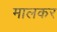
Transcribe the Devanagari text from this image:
मालकर